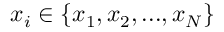
x _ { i } \in \{ x _ { 1 } , x _ { 2 } , . . . , x _ { N } \}